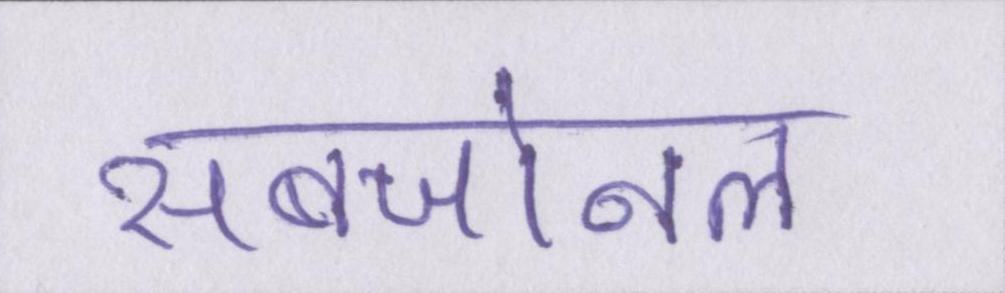
सबजोनल